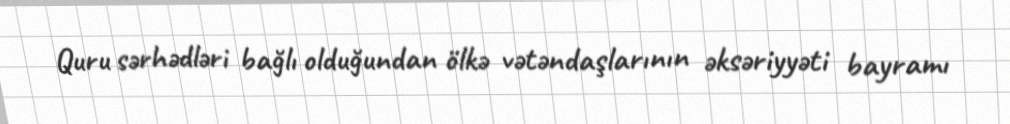
Quru sərhədləri bağlı olduğundan ölkə vətəndaşlarının əksəriyyəti bayramı